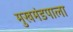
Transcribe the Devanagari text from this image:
मुखमंडपाला